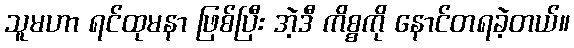
သူမဟာ ရင်ထုမနာ ဖြစ်ပြီး အဲ့ဒီ ကိစ္စကို နောင်တရခဲ့တယ်။